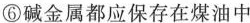
⑥碱金属都应保存在煤油中